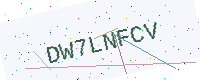
Text: DW7LNFCV